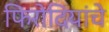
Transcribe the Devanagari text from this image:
फिरोदियांचे